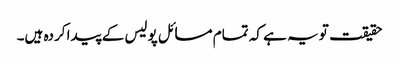
حقیقت تو یہ ہے کہ تمام مسائل پولیس کے پیدا کردہ ہیں۔